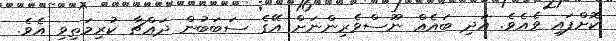
ކޮށްފައި ވެއެވެ. އަދި ބައެއް ނޫސްވެރިންނަށް އޭގެ ސަބަބުން ދައްޗާ ކުރިމަތިވި އެވެ.